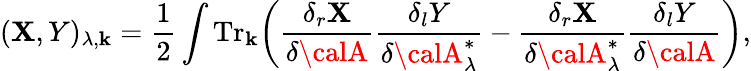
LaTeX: (\mathbf{X},Y)_{\lambda,{\mathbf{k}}}=\frac{{1}}{{2}}\int{\mathrm{{Tr}}}_{\mathbf{k}}\bigg({\frac{{\delta_{r}\mathbf{X}}}{{\delta{\calA}}}}{\frac{{\delta_{l}Y}}{{\delta{\calA}_{\lambda}^{*}}}}-{\frac{{\delta_{r}\mathbf{X}}}{{\delta{\calA}_{\lambda}^{*}}}}{\frac{{\delta_{l}Y}}{{\delta{\calA}}}}\bigg),